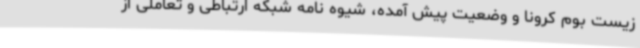
زیست بوم کرونا و وضعیت پیش آمده، شیوه نامه شبکه ارتباطی و تعاملی از